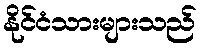
နိုင်ငံသားများသည်